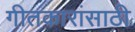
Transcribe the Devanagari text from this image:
गीतकारांसाठी